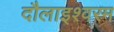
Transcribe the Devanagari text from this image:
दौलाइश्वरम